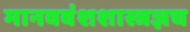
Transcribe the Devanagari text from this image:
मानववंशशास्त्रज्ञच